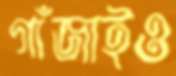
গাঁজাইও